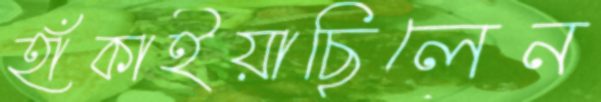
হাঁকাইয়াছিলেন